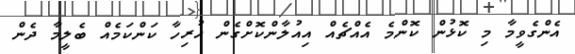
އެންގެވީމާ މި ކޮޅުން ކޮންމެ އެއްޗެއް އިއުލާންކޮށްގެން ހުރިހާ ކަންކަމެއް ބެލީމާ ދެން